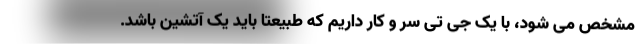
مشخص می شود، با یک جی تی سر و کار داریم که طبیعتا باید یک آتشین باشد.